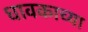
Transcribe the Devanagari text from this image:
धावकाच्या